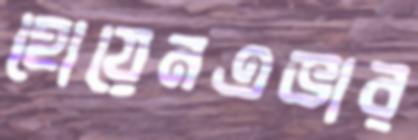
হোয়েনএভার